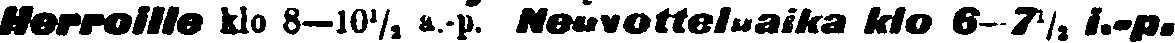
Herroille klo 8–10½, a.-p. Neuvotteluaika klo 6-7½ i.-p.